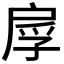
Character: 𫼍